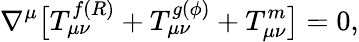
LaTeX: \nabla^{\mu}\big[T_{\mu\nu}^{f(R)}+T_{\mu\nu}^{g(\phi)}+T_{\mu\nu}^{m}\big]=0,